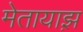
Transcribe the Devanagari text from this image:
मेतायाझ़